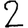
Digit: 2